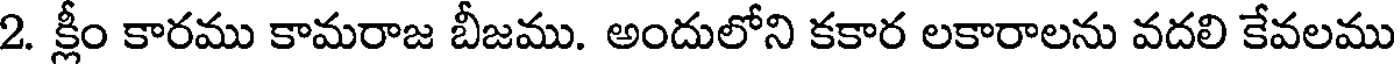
2. క్లీం కారము కామరాజ బీజము. అందులోని కకార లకారాలను వదలి కేవలము